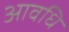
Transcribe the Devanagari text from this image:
आवधि